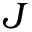
J